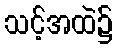
သင့်အထဲ၌